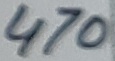
Text: 470